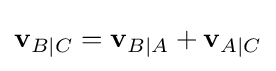
\mathbf {v} _{B\mid C}=\mathbf {v} _{B\mid A}+\mathbf {v} _{A\mid C}